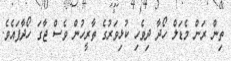
ތިން ރަން މެޑަލް ހޯދާ ދިވެހި ކުޅިވަރުގެ ތާރީހުން ވެސް ޖާގަ ހޯދާފައެވެ.